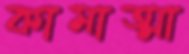
কামাত্মা